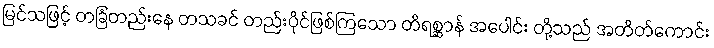
မြင်သဖြင့် တခြံတည်းနေ တသခင် တည်းပိုင်ဖြစ်ကြသော တိရစ္ဆာန် အပေါင်း တို့သည် အတိတ်ကောင်း